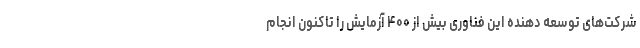
شرکت‌های توسعه دهنده این فناوری بیش از ۴۰۰ آزمایش را تاکنون انجام